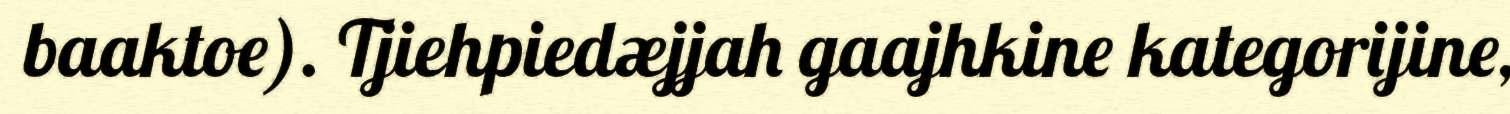
baaktoe). Tjiehpiedæjjah gaajhkine kategorijine,